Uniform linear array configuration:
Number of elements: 24
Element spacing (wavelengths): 0.25
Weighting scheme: hann
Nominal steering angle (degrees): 30
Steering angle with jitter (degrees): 29.487
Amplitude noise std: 0.05
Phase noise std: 0.05

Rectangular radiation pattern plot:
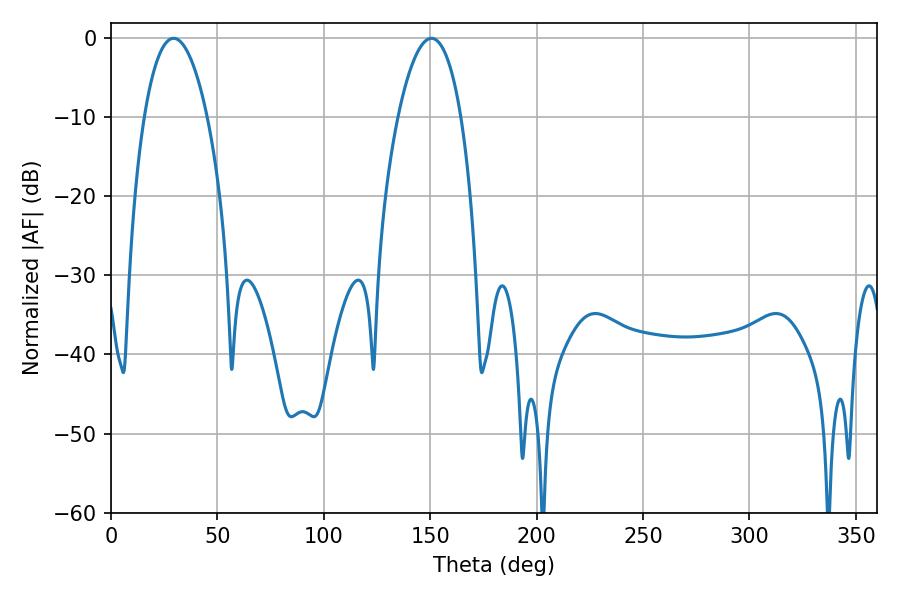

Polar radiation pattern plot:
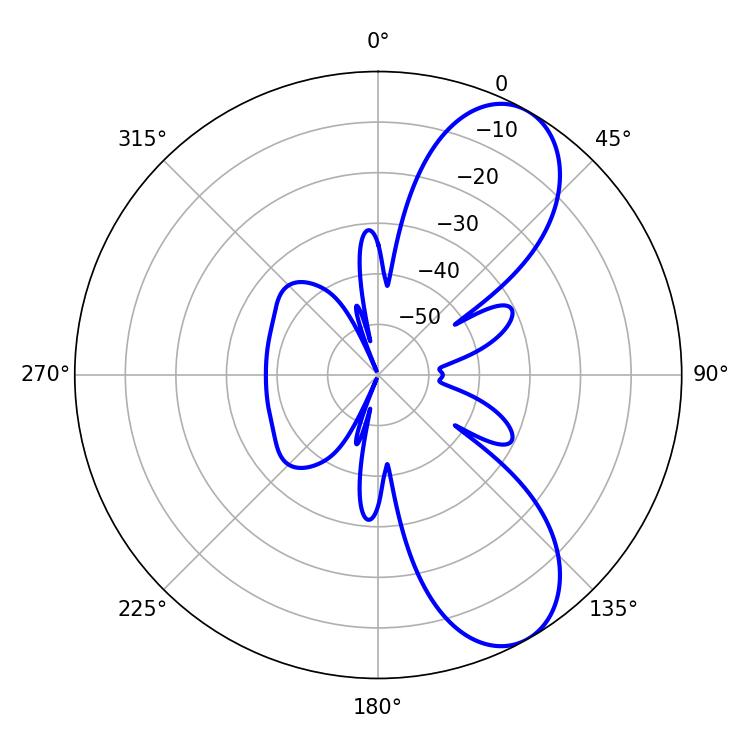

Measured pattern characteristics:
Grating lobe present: FALSE
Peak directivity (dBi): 8.187
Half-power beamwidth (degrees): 16.56
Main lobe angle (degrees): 29.34